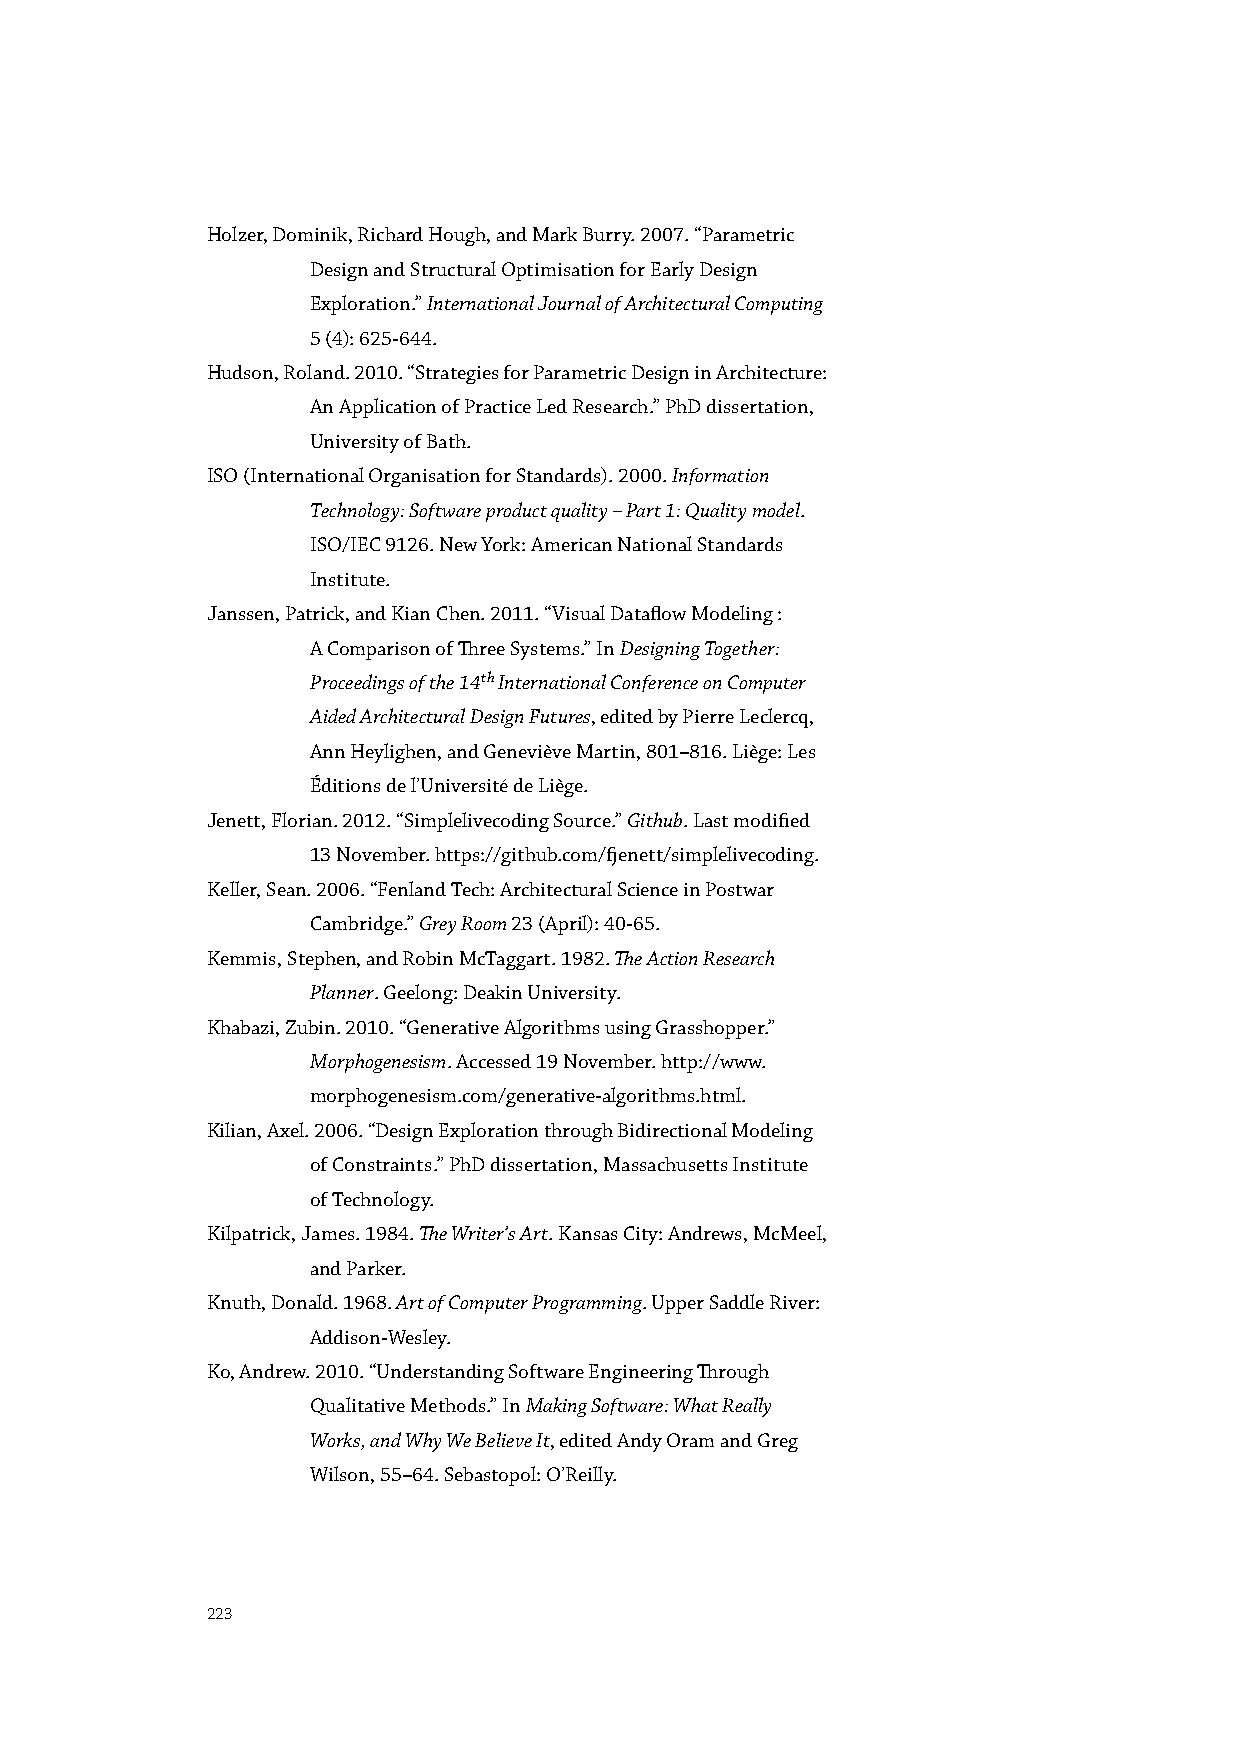
Holzer, Dominik, Richard Hough, and Mark Burry. 2007. “Parametric
 Design and Structural Optimisation for Early Design
 Exploration.” International Journal of Architectural Computing
 5 (4): 625-644.
 Hudson, Roland. 2010. “Strategies for Parametric Design in Architecture:
 An Application of Practice Led Research.” PhD dissertation,
 University of Bath.
 ISO (International Organisation for Standards). 2000. Information
 Technology: Software product quality – Part 1: Quality model.
 ISO/IEC 9126. New York: American National Standards
 Institute.
 Janssen, Patrick, and Kian Chen. 2011. “Visual Dataflow Modeling :
 A Comparison of Three Systems.” In Designing Together:
 Proceedings of the 14th International Conference on Computer
 Aided Architectural Design Futures, edited by Pierre Leclercq,
 Ann Heylighen, and Geneviève Martin, 801–816. Liège: Les
 Éditions de l’Université de Liège.
 Jenett, Florian. 2012. “Simplelivecoding Source.” Github. Last modified
 13 November. https://github.com/fjenett/simplelivecoding.
 Keller, Sean. 2006. “Fenland Tech: Architectural Science in Postwar
 Cambridge.” Grey Room 23 (April): 40-65.
 Kemmis, Stephen, and Robin McTaggart. 1982. The Action Research
 Planner. Geelong: Deakin University.
 Khabazi, Zubin. 2010. “Generative Algorithms using Grasshopper.”
 Morphogenesism. Accessed 19 November. http://www.
 morphogenesism.com/generative-algorithms.html.
 Kilian, Axel. 2006. “Design Exploration through Bidirectional Modeling
 of Constraints.” PhD dissertation, Massachusetts Institute
 of Technology.
 Kilpatrick, James. 1984. The Writer’s Art. Kansas City: Andrews, McMeel,
 and Parker.
 Knuth, Donald. 1968. Art of Computer Programming. Upper Saddle River:
 Addison-Wesley.
 Ko, Andrew. 2010. “Understanding Software Engineering Through
 Qualitative Methods.” In Making Software: What Really
 Works, and Why We Believe It, edited Andy Oram and Greg
 Wilson, 55–64. Sebastopol: O’Reilly.
 223